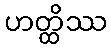
ဟတ္ထိဿ